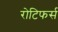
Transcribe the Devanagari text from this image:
रोटिफर्स